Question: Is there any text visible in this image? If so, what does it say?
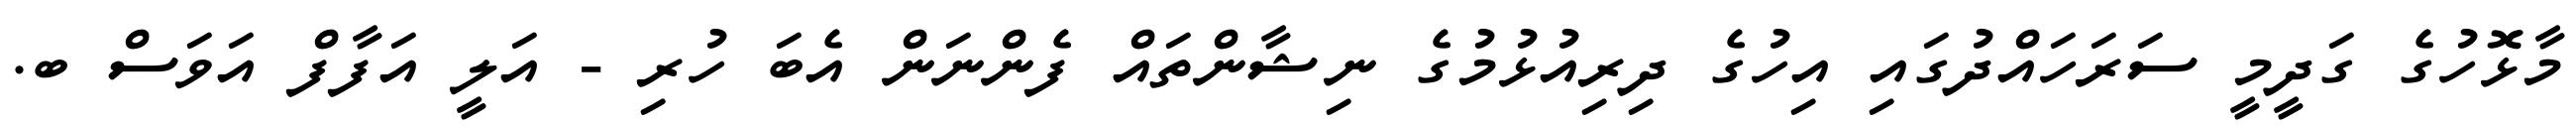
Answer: މާޅޮހުގެ ގަދީމީ ސަރަހައްދުގައި އިހުގެ ދިރިއުޅުމުގެ ނިޝާންތައް ފެންނަން އެބަ ހުރި - އަލީ އަފާފް އަވަސް ބ.